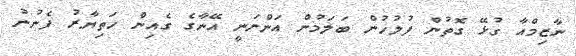
ނާޒިމްއާ ގުޅޭ ގޮތުން ފުލުހުން ބަލަމުން އަންނަނީ އޭނާގެ ގެއިން ހަތިޔާރު ފެނުނު